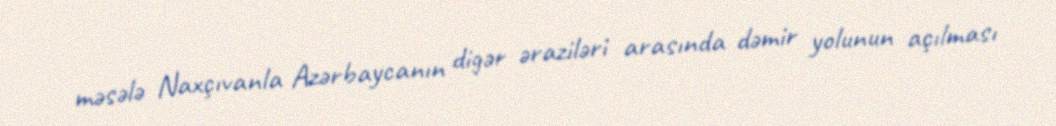
məsələ Naxçıvanla Azərbaycanın digər əraziləri arasında dəmir yolunun açılması